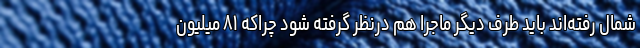
شمال رفته‌اند باید طرف دیگر ماجرا هم درنظر گرفته شود چراکه ۸۱ میلیون